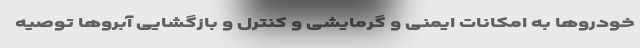
خودروها به امکانات ایمنی و گرمایشی و کنترل و بازگشایی آبروها توصیه